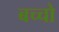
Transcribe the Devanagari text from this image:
बच्‍चो